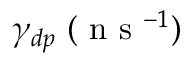
\gamma _ { d p } ~ ( \textrm { n s } ^ { - 1 } )